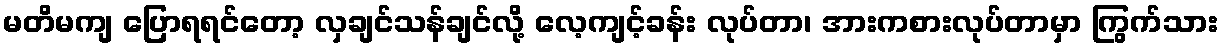
မတိမကျ ပြောရရင်တော့ လှချင်သန်ချင်လို့ လေ့ကျင့်ခန်း လုပ်တာ၊ အားကစားလုပ်တာမှာ ကြွက်သား